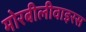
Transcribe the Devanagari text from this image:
मोरबीलीवाइरस